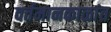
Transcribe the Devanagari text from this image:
वर्तमानकाळांत